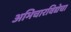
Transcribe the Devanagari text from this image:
अभिचारविद्येचा